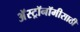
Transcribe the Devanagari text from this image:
अॅस्ट्रॉनॉमीसाठी